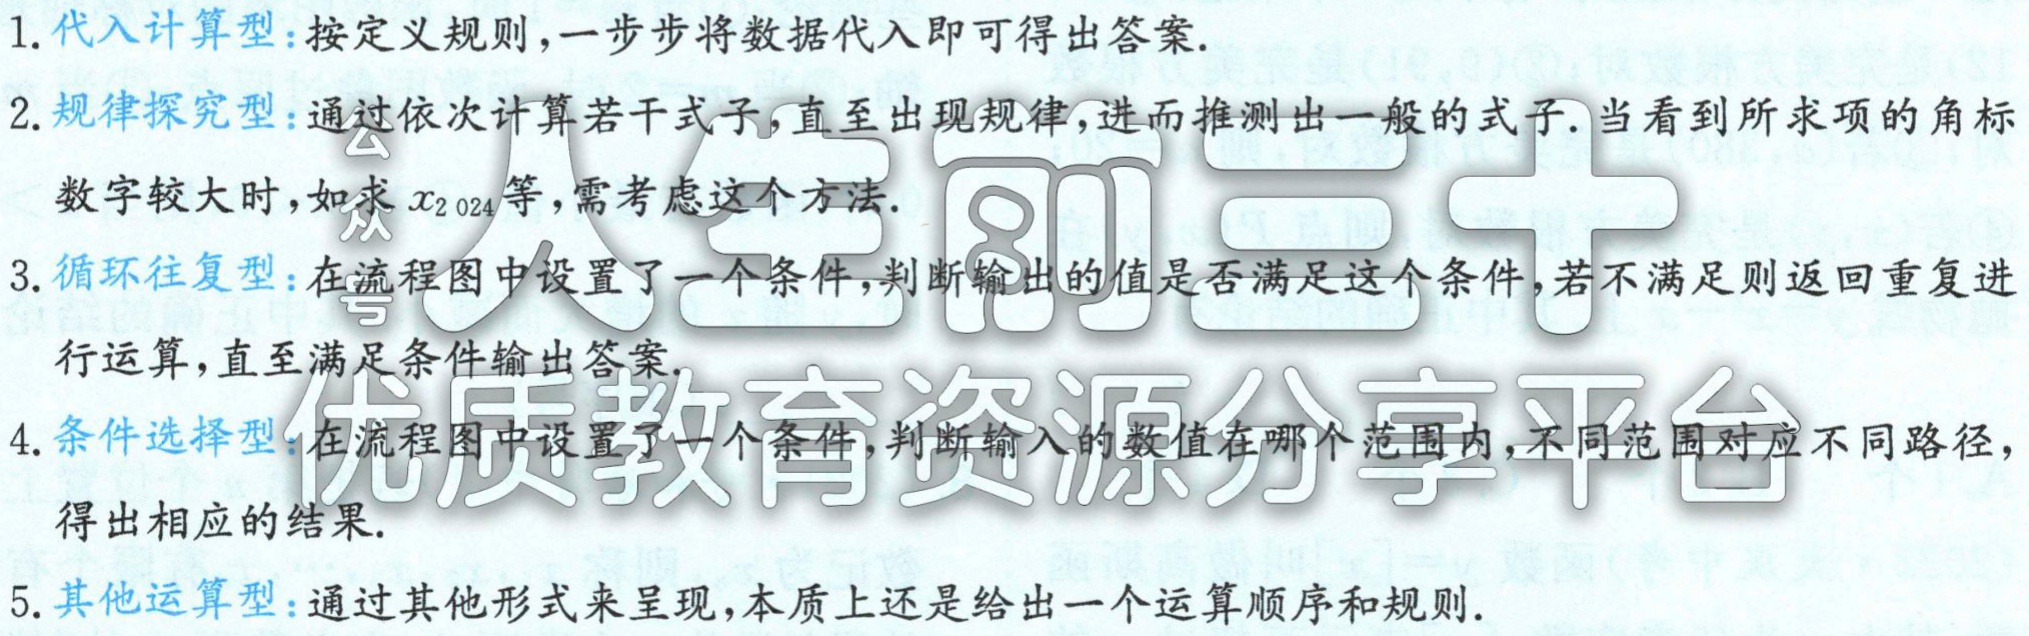
1. 代入计算型：按定义规则，一步步将数据代入即可得出答案.

2. 规律探究型：通过依次计算若干式子，直至出现规律，进而推测出一般的式子. 当看到所求项的角标数字较大时，如求\(x_{2024}\)等，需考虑这个方法.

3. 循环往复型：在流程图中设置了一个条件，判断输出的值是否满足这个条件，若不满足则返回重复进行运算，直至满足条件输出答案.

4. 条件选择型：在流程图中设置了一个条件，判断输入的数值在哪个范围内，不同范围对应不同路径，得出相应的结果.

5. 其他运算型：通过其他形式来呈现，本质上还是给出一个运算顺序和规则.